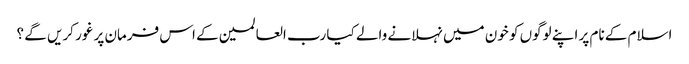
اسلام کے نام پر اپنے لوگوں کو خون میں نہلانے والے کیا رب العالمین کے اس فرمان پر غور کریں گے ؟